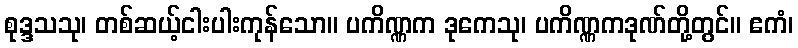
စုဒ္ဒသသု၊ တစ်ဆယ့်ငါးပါးကုန်သော။ ပကိဏ္ဏက ဒုကေသု၊ ပကိဏ္ဏကဒုဏ်တို့တွင်။ ဧကံ၊